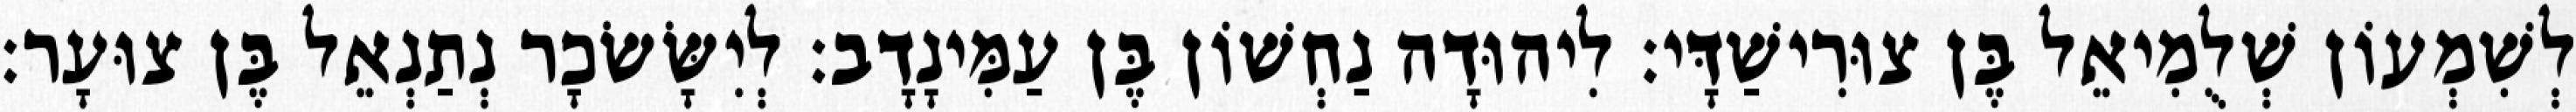
לְשִׁמְעוֹן שְׁלֻמִיאֵל בֶּן צוּרִישַׁדָּי׃ לִיהוּדָה נַחְשׁוֹן בֶּן עַמִּינָדָב׃ לְיִשָּׂשׂכָר נְתַנְאֵל בֶּן צוּעָר׃